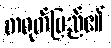
တရုတ်ပြည်၏